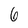
Character: 6